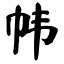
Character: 帏